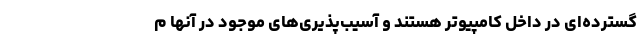
گسترده‌ای در داخل کامپیوتر هستند و آسیب‌پذیری‌های موجود در آنها م